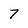
Character: 7